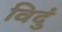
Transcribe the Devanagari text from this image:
विदुं